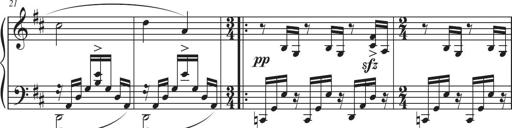
Title: Sonatina in D major
Composer: Shota Saitoh
Key: D major